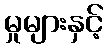
မှုများနှင့်